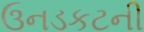
ઉનડકટની